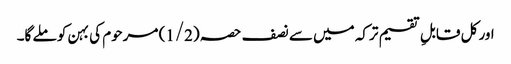
اور کل قابلِ تقسیم ترکہ میں سے نصف حصہ (1/2) مرحوم کی بہن کو ملے گا۔